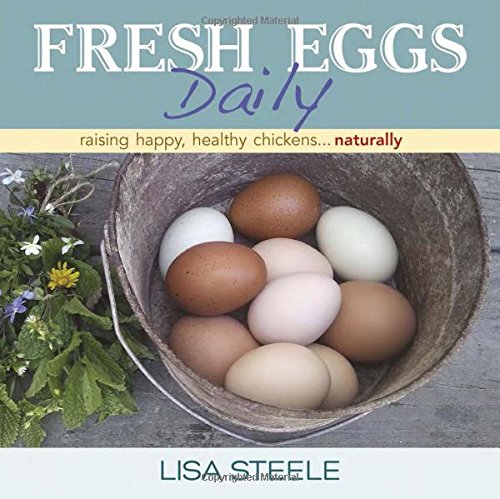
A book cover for Fresh Eggs Daily: Raising Happy, Healthy Chickens...Naturally; Lisa Steele; Crafts, Hobbies & Home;